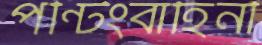
পন্টিংবাহিনী